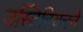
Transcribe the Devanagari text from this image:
जस्टिनियनने